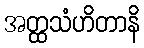
အတ္ထသံဟိတာနိ